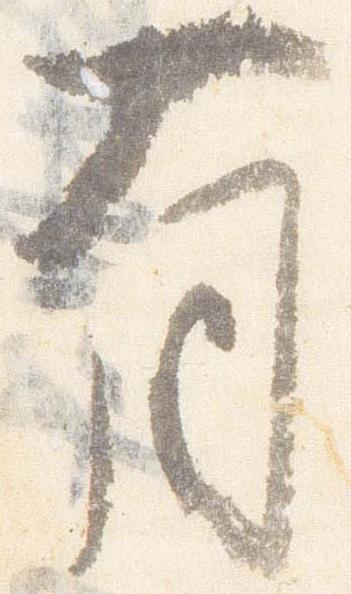
有